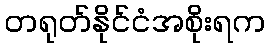
တရုတ်နိုင်ငံအစိုးရက